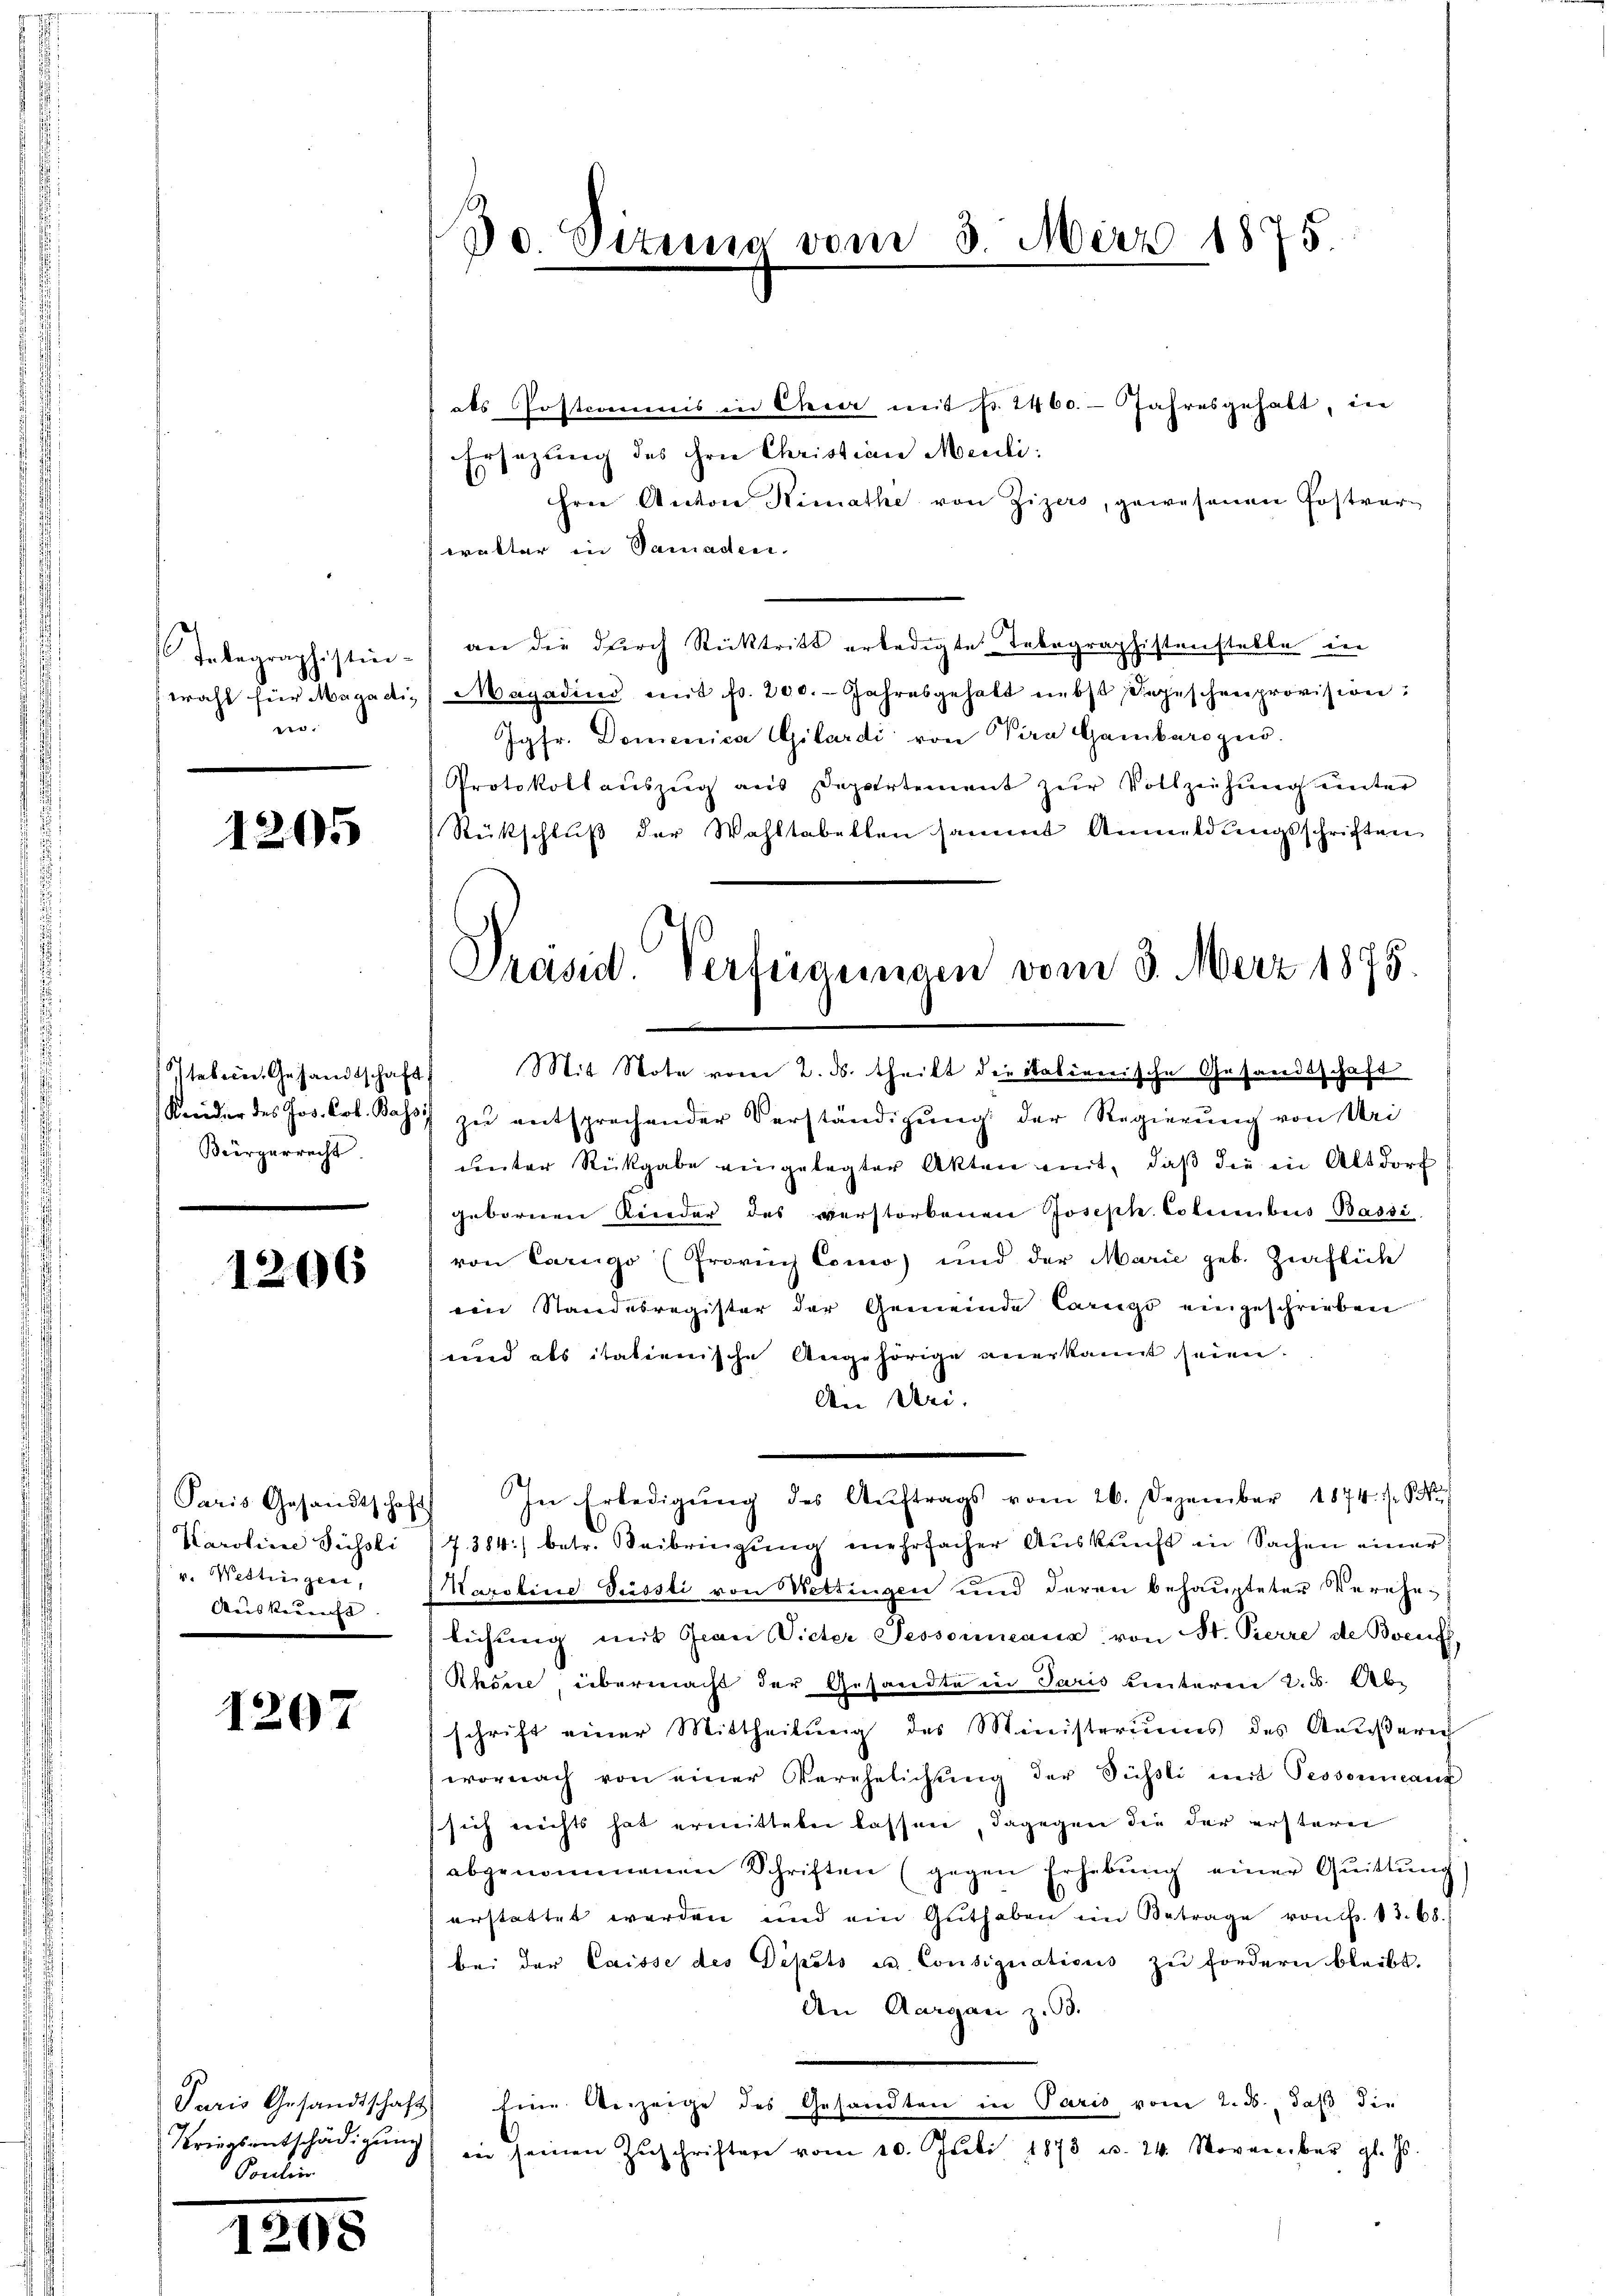
Telegraphistin-
twahl für Magadi
.

1205

Bürgerrecht.

1206

Karoline Füssli
v. Wettingen,
 e

1207

Kriegsentschädigung
Poulin

20.

Jo. Situng vom 3. März 1875.

als Posterimis in Cheer mit fr. 2460. Jahresgehabt, die
Ersezung des ihre Christian Meuli:
hrer Anton Stimathe von Zizers, gewesenen Postver-
trakter in Samaden.
an die durch Rücktritt erledigte Telegraphistenstelle in
Magadind mit fr. 200. Jahresgehalt nebst Depeschenprovision:
Jgfr. Domenica Gilardi von Pira Gambarogen.
Protokollauszug aus Departement zur Vollziehung unter
Rückschluß der Wahltabellen sammt Anmeldungsschriften
tebern Gesandtschaft Mit Note vom 2. ds. theilt die italienische Gesandtschaft
Kneider des Jos. Cob. Johs. zŭ entsprechender Verständigung der Regierung von Uri
unter Rückgabe eingelegter Akten mit, daβ die in Altdorf
geborenen Kinder des verstorbenen Joseph. Columbus Bassi
von Carigo (Provich Como) und der Marie geb. Zipflich
ein Standesregister der Gemeinde Carigo eingeschrieben
und als italienische Angehörige anerkannt seien.
An Dei
Paris Gesandtschaft) In Erledigŭng des Aŭftrags vom 26. Dezember 1874. s. Si
7384 betr. Seibringŭng mehrfacher Aŭskŭnft in Sachen einer
Karoline Süssli von Mettingen und deren behaupteter Vereheleihung mit Gran Victer Tessoreana, von St. Pierre de Boeuff,
Rhöne, übermacht der Gesandte in Paris hinteren 2. d. Abschrift einer Mittheilŭng des Ministeriums des Aeußeric
wornach von einer Verehelichŭng der Süßli mit Tessoniant
sich reichts hat ermitteten lassen, dagegen die der ersterer
abgenommenen Schriften (gegen Erhebŭng einer Quittung
erstattet werden und ein Guthaben im Betrage von fr. 13. 68.
bei der Caisse des Depots u. Consignations zu fordern bleibt.
An Aargau z.B.
Paris Gesandtschaft Eine Anzeige des Gesandten in Paris vom 2. ds., daß die
in seinen Zuschriften vom 10. Juli 1878 u. 24. November gl. M
go

Präsid. Verdinaringen vom 3. März 1875.